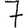
Digit: 7